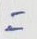
=